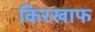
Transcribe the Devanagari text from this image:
किरखाफ